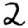
Digit: 2